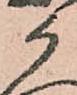
候